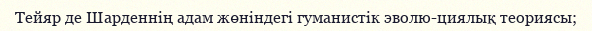
Тейяр де Шарденнің адам жөніндегі гуманистік эволю-циялық теориясы;